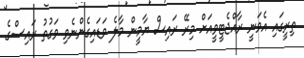
ތިރީގައި އެވަނީ ރާއްޖެޓީވީއަށް މިރޭ ރައިސް ޔާމީން މާލެ ވަޑައިގެންނެވި ވަގުތު ރައިސްގެ